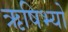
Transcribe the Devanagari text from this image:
ऋषिभ्यो